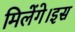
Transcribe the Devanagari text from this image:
मिलेंगे।इस